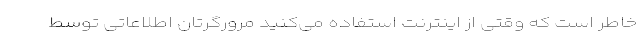
خاطر است که وقتی از اینترنت استفاده می‌کنید مرورگرتان اطلاعاتی توسط